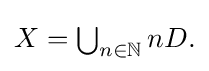
{\textstyle X=\bigcup _{n\in \mathbb {N} }nD.}